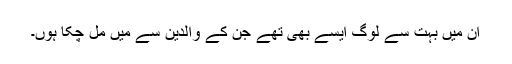
ان میں بہت سے لوگ ایسے بھی تھے جن کے والدین سے میں مل چکا ہوں۔